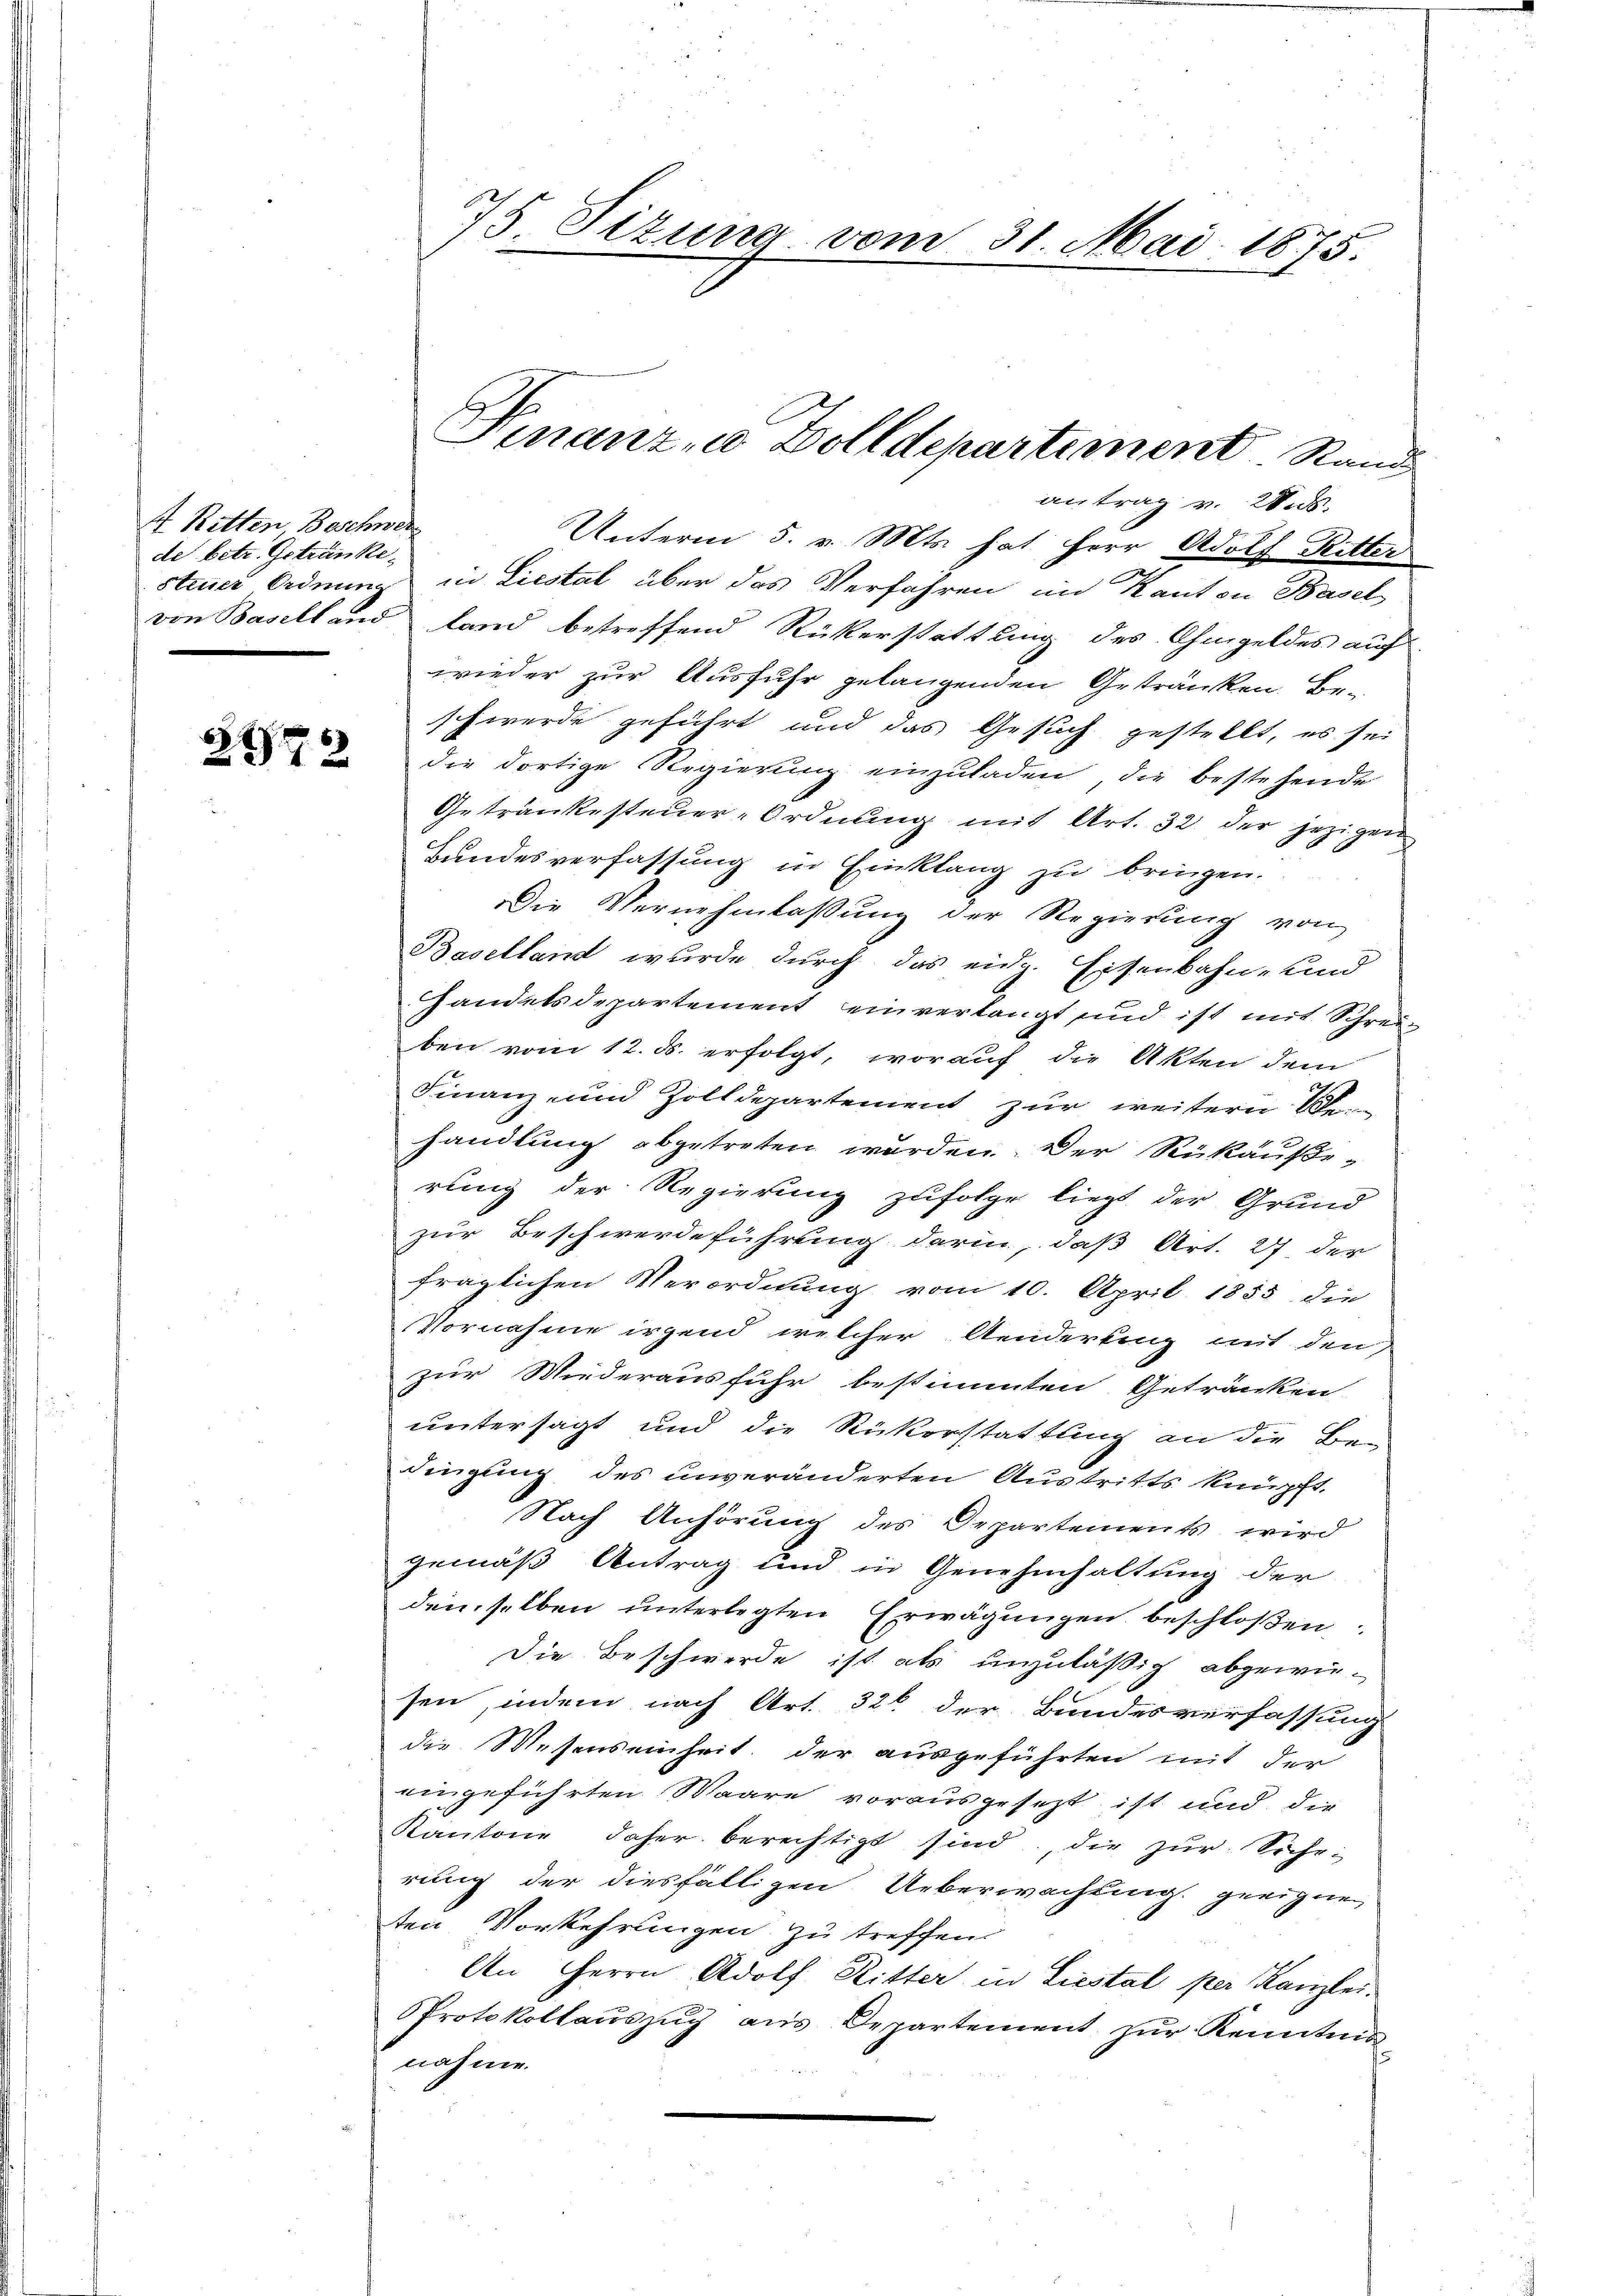
4 Ritten Beschwer
de betr. Getränke¬

6

antrag v. 2. ds.
Unterm 5. v. Mts. hat Herr Adolf Ritter
steuer Ordnung in Liestal über das Verfahren im Kanton Basel
von Baselland land betreffend Rückerstattung des Ohmgeldes auf
wieder zur Ausfuhr gelangenden Getränken Beschwerde geführt und das Gesuch gestellt, es sei
2 die dortige Regierŭng einzŭladen, die bestehende
Getrankesteuer-Ordnung mit Art. 32 der jezigen
Bundesverfassung in Einklang zu bringen.
Die Vernehmlassung der Regierung von
Baselland wurde durch das eidg. Eisenbahn- und
Handelsdepartement einverlangt und ist mit Schreiben vom 12. ds. erfolgt, worauf die Akten dem
Finanz- und Zolldepartement zur weitern den
handlung abgetreten wurden. Der Rükäußerung der Regierung zufolge liegt der Grund
zur Beschwerdeführung darin, daß Art. 27. der
fraglichen Verordnung vom 10. April 1855 die
Vornahme irgend welcher Aenderling mit den
zur Wiederausfuhr bestimmten Getränken
untersagt und die Rückerstattung an die Be-
dingung des unveränderten Austritts knüpft.
Nach Anhörung des Departements wird
gemäß Antrag und in Genehmhaltung der
denselben unterlegten Erwägungen beschloßen
Die Beschwerde ist als unzuläßig abgewie-
sen, indem nach Art. 326 der Bundesverfassung
die Wesenseinheit der ausgeführten mit der
eingeführten Waare vorausgesezt ist und die
Kantone daher berechtigt sind, die zŭr Siche
rung der diesfälligen Ueberwachtung geeignen
ten Vorkehrungen zu treffen
An Herrn Adolf Ritter in Liestal per Kanzlei¬
PProtokollaŭszŭg aŭs Departement zŭr Kenntnis
nahme

75. Sizung vom 31. Mai 1875.

Finanze Dolldepartement. Rand